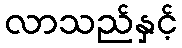
လာသည်နှင့်